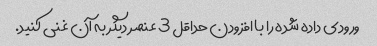
ورودی داده شده را با افزودن حداقل 3 عنصر دیگر به آن غنی کنید.